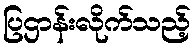
ပြဌာန်းလိုက်သည့်